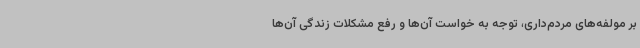
بر مولفه‌های مردم‌داری، توجه به خواست آن‌ها و رفع مشکلات زندگی آن‌ها